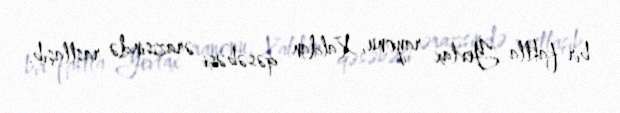
bir faktla Yevlax rayonu, Xaldan qəsəbəsi ərazisində rastlaşıb.